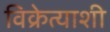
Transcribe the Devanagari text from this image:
विक्रेत्याशी